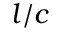
l / c